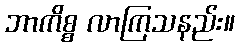
ဘာကိစ္စ လာကြသနည်း။